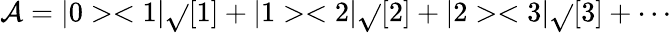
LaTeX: \mathcal{A}=|0><1|\sqrt{}{{[1]}}+|1><2|\sqrt{}{{[2]}}+|2><3|\sqrt{}{{[3]}}+\cdots